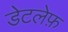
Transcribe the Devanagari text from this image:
डेटलेफ़